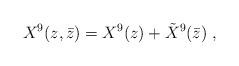
LaTeX: \begin{align*}X^9(z,\bar z) = X^9(z) +{\tilde X}^9(\bar z)\ ,\end{align*}